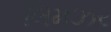
લિમઝર